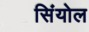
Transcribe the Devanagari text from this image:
सिंयोल